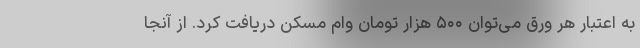
به اعتبار هر ورق می‌توان ۵۰۰ هزار تومان وام مسکن دریافت کرد. از آنجا